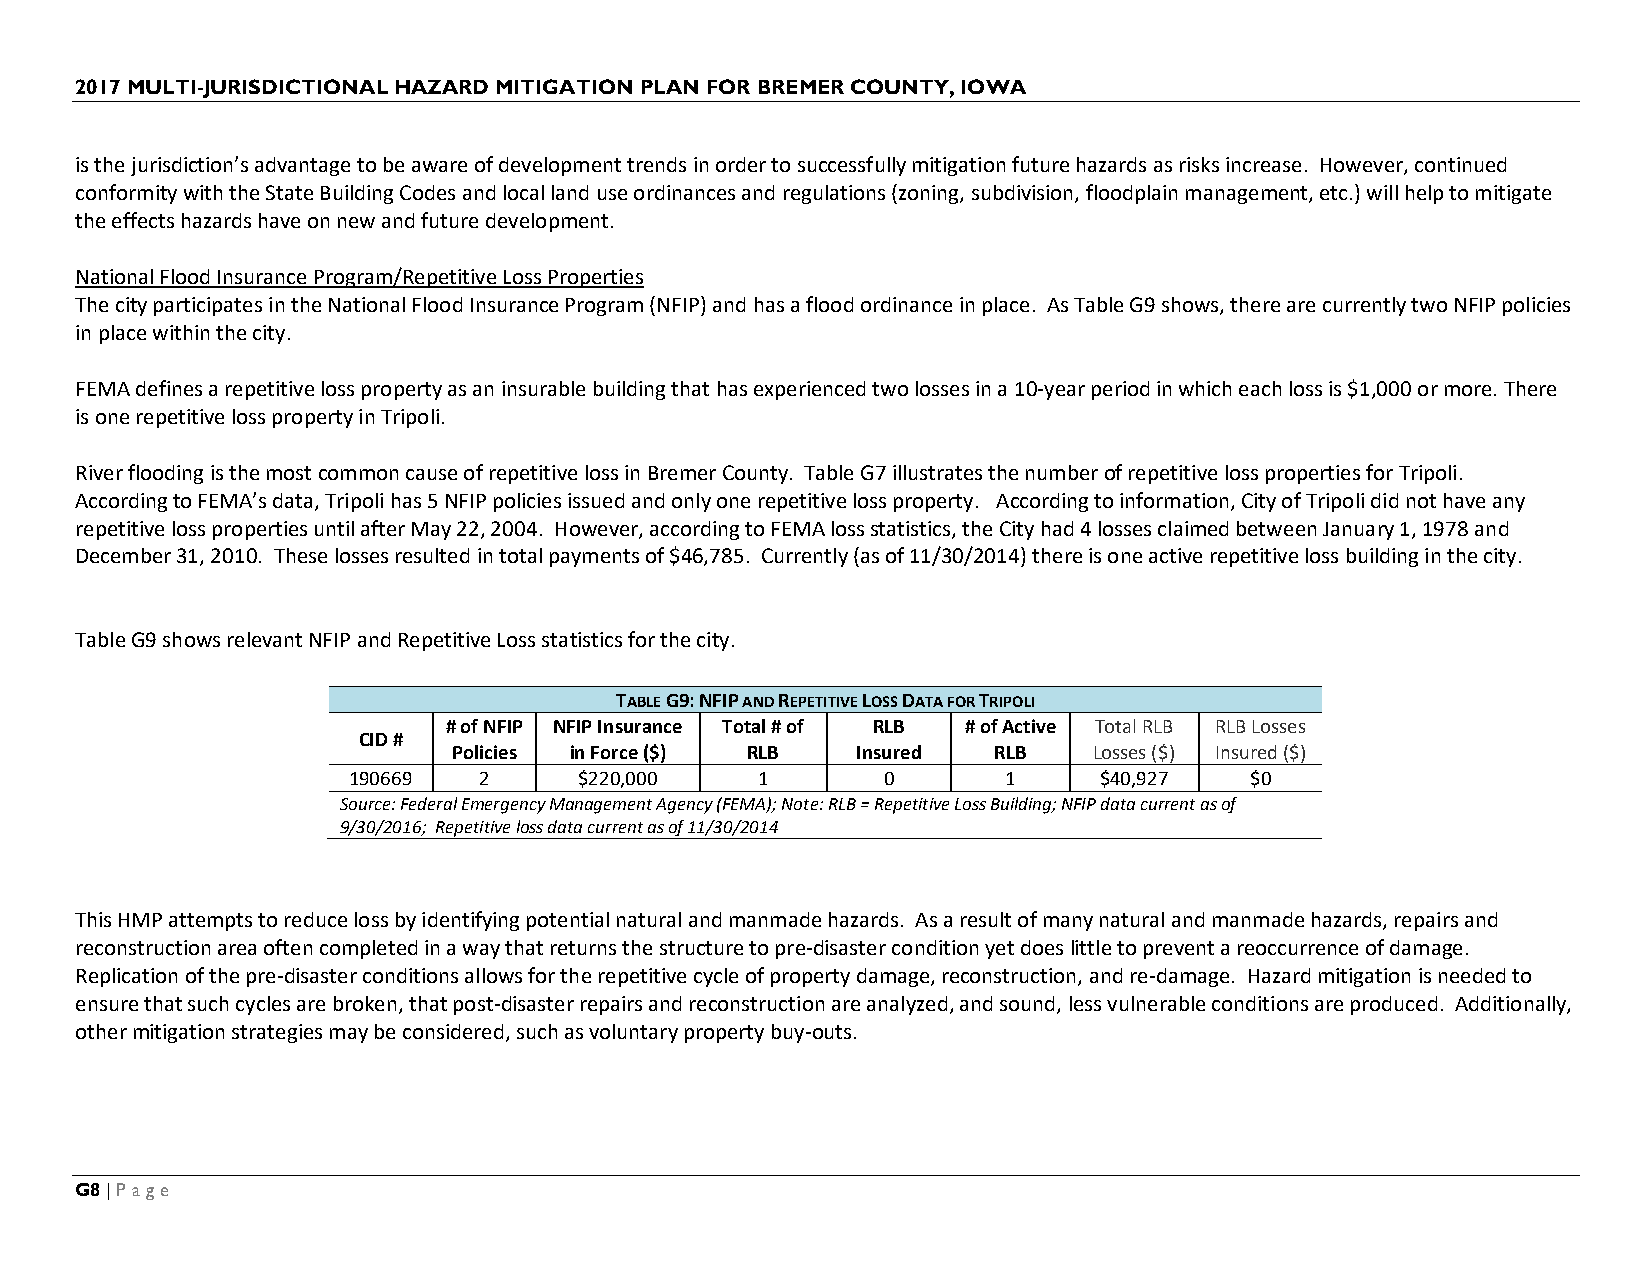
2017 MULTI-JURISDICTIONAL HAZARD MITIGATION PLAN FOR BREMER COUNTY, IOWA
 is the jurisdiction’s advantage to be aware of development trends in order to successfully mitigation future hazards as risks increase. However, continued
 conformity with the State Building Codes and local land use ordinances and regulations (zoning, subdivision, floodplain management, etc.) will help to mitigate
 the effects hazards have on new and future development.
 National Flood Insurance Program/Repetitive Loss Properties
 The city participates in the National Flood Insurance Program (NFIP) and has a flood ordinance in place. As Table G9 shows, there are currently two NFIP policies
 in place within the city.
 FEMA defines a repetitive loss property as an insurable building that has experienced two losses in a 10-year period in which each loss is $1,000 or more. There
 is one repetitive loss property in Tripoli.
 River flooding is the most common cause of repetitive loss in Bremer County. Table G7 illustrates the number of repetitive loss properties for Tripoli.
 According to FEMA’s data, Tripoli has 5 NFIP policies issued and only one repetitive loss property. According to information, City of Tripoli did not have any
 repetitive loss properties until after May 22, 2004. However, according to FEMA loss statistics, the City had 4 losses claimed between January 1, 1978 and
 December 31, 2010. These losses resulted in total payments of $46,785. Currently (as of 11/30/2014) there is one active repetitive loss building in the city.
 Table G9 shows relevant NFIP and Repetitive Loss statistics for the city.
 TABLE G9: NFIP AND REPETITIVE LOSS DATA FOR TRIPOLI
 # of NFIP NFIP Insurance Total # of RLB # of Active Total RLB RLB Losses
 CID #
 Policies in Force ($) RLB  Insured  RLB   Losses ($) Insured ($)
 190669   2     $220,000    1       0        1     $40,927   $0
 Source: Federal Emergency Management Agency (FEMA); Note: RLB = Repetitive Loss Building; NFIP data current as of
 9/30/2016; Repetitive loss data current as of 11/30/2014
 This HMP attempts to reduce loss by identifying potential natural and manmade hazards. As a result of many natural and manmade hazards, repairs and
 reconstruction area often completed in a way that returns the structure to pre-disaster condition yet does little to prevent a reoccurrence of damage.
 Replication of the pre-disaster conditions allows for the repetitive cycle of property damage, reconstruction, and re-damage. Hazard mitigation is needed to
 ensure that such cycles are broken, that post-disaster repairs and reconstruction are analyzed, and sound, less vulnerable conditions are produced. Additionally,
 other mitigation strategies may be considered, such as voluntary property buy-outs.
 G8 | Page